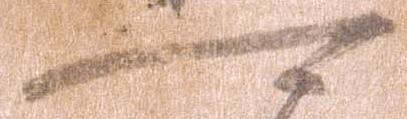
可